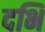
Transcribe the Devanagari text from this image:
दभि